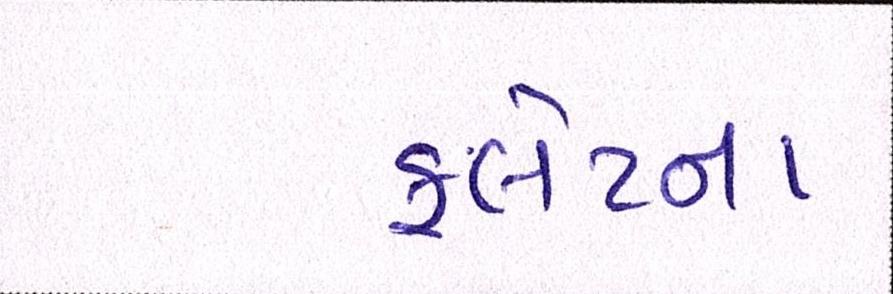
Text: ફ્લેટના